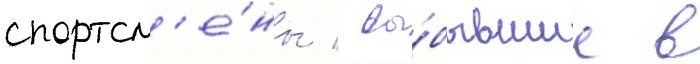
спортсм'е́ны / вы́бывшие в